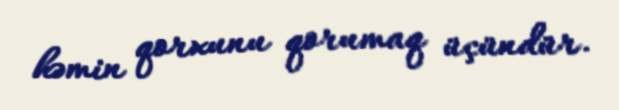
həmin qorxunu qorumaq üçündür.